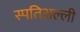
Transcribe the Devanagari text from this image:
स्पतिअल्ली